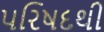
પરિષદથી